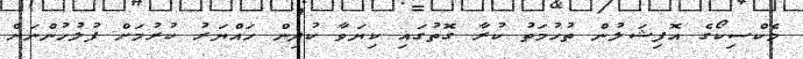
މެކްސިކޯގެ އޮފިޝަލުން ތުހުމަތު ކުރާ ގޮތުގައި ކިޔަވާ ކުދިން ހައްޔަރު ކުރުމަށް ފުލުހުންނަށް